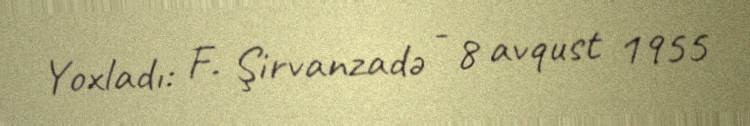
Yoxladı: F. Şirvanzadə - 8 avqust 1955